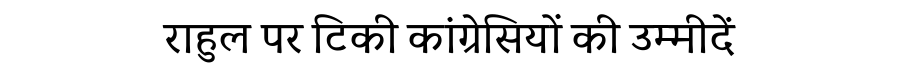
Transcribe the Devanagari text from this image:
राहुल पर टिकी कांग्रेसियों की उम्मीदें